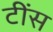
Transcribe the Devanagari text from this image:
टींस